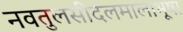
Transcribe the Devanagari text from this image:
नवतुलसीदलमालाभूषा